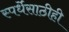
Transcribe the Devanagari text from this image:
स्पर्धेसाठीही